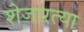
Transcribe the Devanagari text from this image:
शेजारत्या